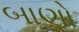
બાણો